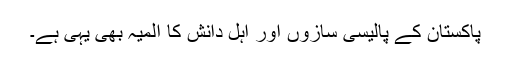
پاکستان کے پالیسی سازوں اور اہلِ دانش کا المیہ بھی یہی ہے۔